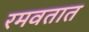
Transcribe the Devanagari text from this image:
रमवतात